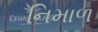
નિમાળ